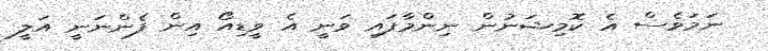
ނަމަވެސް އެ ކޮމިޝަނުން ނިންމާފައި ވަނީ އެ ވީޑިއޯ އިން ފެންނަނީ އަލީ